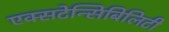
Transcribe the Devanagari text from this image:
एक्सटेन्सिबिलिटी